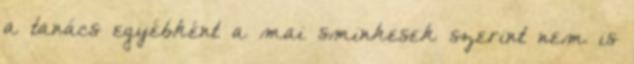
a tanács egyébként a mai sminkesek szerint nem is